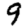
Digit: 9